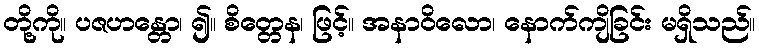
တို့ကို။ ပဇဟန္တော၊ ၍။ စိတ္တေန၊ ဖြင့်။ အနာဝိလော၊ နောက်ကျိခြင်း မရှိသည်။